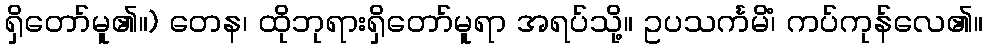
ရှိတော်မူ၏။) တေန၊ ထိုဘုရားရှိတော်မူရာ အရပ်သို့။ ဥပသင်္ကမိံ၊ ကပ်ကုန်လေ၏။